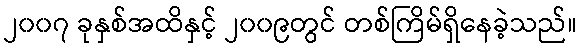
၂၀၀၇ ခုနှစ်အထိနှင့် ၂၀၀၉တွင် တစ်ကြိမ်ရှိနေခဲ့သည်။